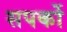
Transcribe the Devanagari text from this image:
सपर्को